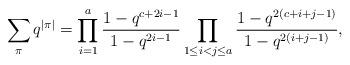
LaTeX: \begin{align*} \sum_\pi q^{\vert\pi\vert}=\prod _{i=1} ^{a}\frac {1-q^{c+2i-1}} {1-q^{2i-1}}\prod _{1\le i<j\le a} ^{}\frac {1-q^{2(c+i+j-1)}} {1-q^{2(i+j-1)}} ,\end{align*}